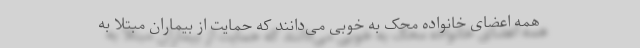
همه اعضای خانواده محک به خوبی می‌دانند که حمایت از بیماران مبتلا به